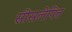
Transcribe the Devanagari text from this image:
सीसलेपित